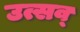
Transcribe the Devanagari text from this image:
उत्सव्